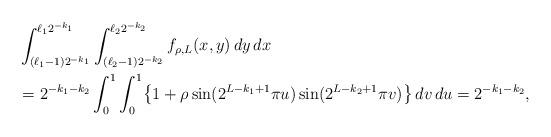
LaTeX: \begin{align*}&\int_{(\ell_1-1)2^{-k_1}}^{\ell_1 2^{-k_1}} \int_{(\ell_2-1)2^{-k_2}}^{\ell_2 2^{-k_2}} f_{\rho,L}(x,y) \,dy \,dx \\&= 2^{-k_1-k_2} \int_0^1 \int_0^1 \bigl\{ 1 + \rho \sin(2^{L-k_1+1} \pi u) \sin(2^{L-k_2+1} \pi v) \bigr\} \,dv \,du = 2^{-k_1-k_2},\end{align*}